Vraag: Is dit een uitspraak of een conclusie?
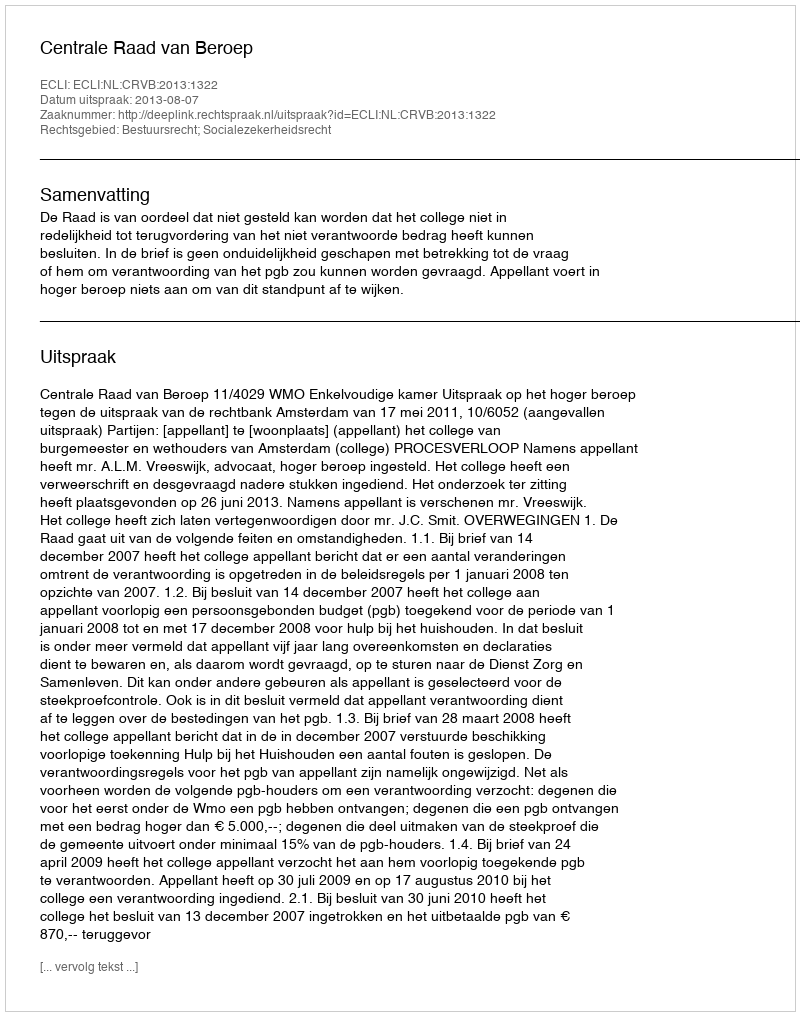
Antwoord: Uitspraak